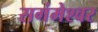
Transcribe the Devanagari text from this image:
सगंमेश्वर